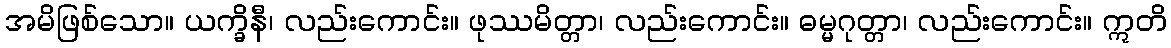
အမိဖြစ်သော။ ယက္ခိနီ၊ လည်းကောင်း။ ဖုဿမိတ္တာ၊ လည်းကောင်း။ ဓမ္မဂုတ္တာ၊ လည်းကောင်း။ ဣတိ